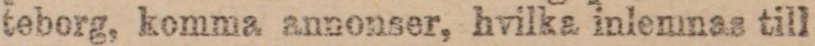
teborg, komma annonser, hvilka inlemnas till